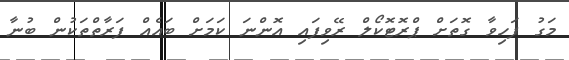
މަގު ފަހިވާ ގޮތަށް ޕްރޮޓޮކޯލް ރޭވިފައި އޮންނަ ކަމަށް ބައެއް ފަރާތްތަކުން ބުނާ